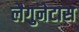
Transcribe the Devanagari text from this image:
लैगुनेटास